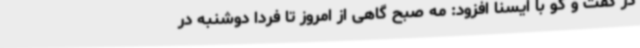
در گفت و گو با ایسنا افزود: مه صبح گاهی از امروز تا فردا دوشنبه در